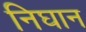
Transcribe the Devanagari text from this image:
निघान